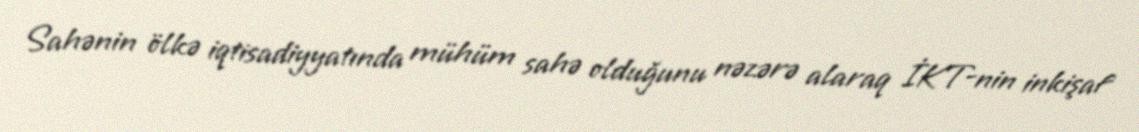
Sahənin ölkə iqtisadiyyatında mühüm sahə olduğunu nəzərə alaraq İKT-nin inkişaf